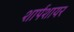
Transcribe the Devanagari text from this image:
शार्पशायर